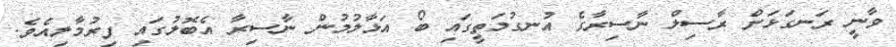
ވާނީ ރަނގަޅަށް ރާސިލް ނާސިރާގެ އުނގުމަތީގައި ބޯ އަޅާލުމުން ނާސިރާ އެބޮލުގައި ފިރުމާލިއެވެ.